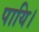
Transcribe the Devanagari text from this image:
पायि।